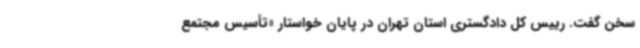
سخن گفت. رییس کل دادگستری استان تهران در پایان خواستار «تأسیس مجتمع